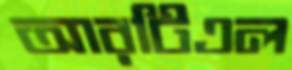
আরটিএল